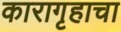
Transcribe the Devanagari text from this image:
कारागृहाचा